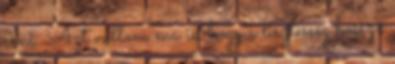
érni. Azt vallom ma is, hogy a tisztesség hosszú